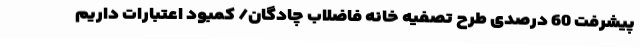
پیشرفت 60 درصدی طرح تصفیه خانه فاضلاب چادگان/ کمبود اعتبارات داریم